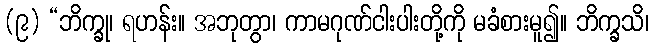
(၉) “ဘိက္ခု၊ ရဟန်း။ အဘုတွာ၊ ကာမဂုဏ်ငါးပါးတို့ကို မခံစားမူ၍။ ဘိက္ခသိ၊